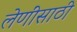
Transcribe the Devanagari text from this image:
लेणींसाठी